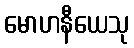
မောဟနီယေသု